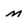
Character: M